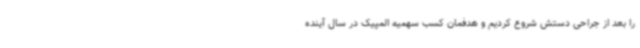
را بعد از جراحی دستش شروع کردیم و هدفمان کسب سهمیه المپیک در سال آینده